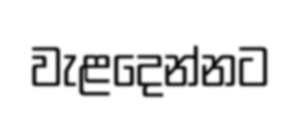
වැළදෙන්නට